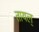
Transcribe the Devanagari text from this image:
तायल्